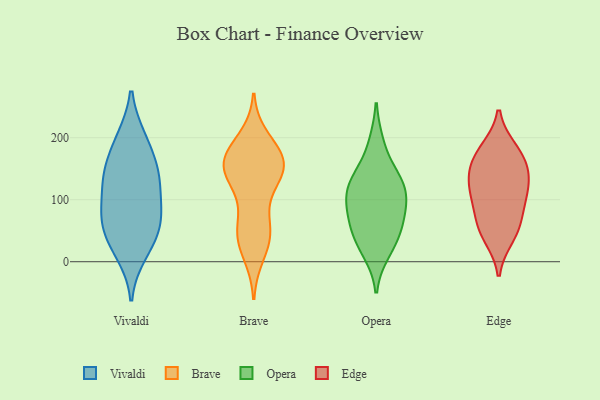
{"axis": {"x": "Operating Costs (USD K)", "y": "Value"}, "legend": ["Brave", "Edge", "Opera", "Vivaldi"], "data": [{"x": "", "y": 134, "type": "Vivaldi"}, {"x": "", "y": 92, "type": "Vivaldi"}, {"x": "", "y": 140, "type": "Vivaldi"}, {"x": "", "y": 198, "type": "Vivaldi"}, {"x": "", "y": 75, "type": "Vivaldi"}, {"x": "", "y": 28, "type": "Vivaldi"}, {"x": "", "y": 150, "type": "Vivaldi"}, {"x": "", "y": 14, "type": "Vivaldi"}, {"x": "", "y": 197, "type": "Vivaldi"}, {"x": "", "y": 59, "type": "Vivaldi"}, {"x": "", "y": 49, "type": "Vivaldi"}, {"x": "", "y": 83, "type": "Vivaldi"}, {"x": "", "y": 141, "type": "Vivaldi"}, {"x": "", "y": 118, "type": "Brave"}, {"x": "", "y": 148, "type": "Brave"}, {"x": "", "y": 155, "type": "Brave"}, {"x": "", "y": 151, "type": "Brave"}, {"x": "", "y": 52, "type": "Brave"}, {"x": "", "y": 14, "type": "Brave"}, {"x": "", "y": 171, "type": "Brave"}, {"x": "", "y": 59, "type": "Brave"}, {"x": "", "y": 175, "type": "Brave"}, {"x": "", "y": 35, "type": "Brave"}, {"x": "", "y": 197, "type": "Brave"}, {"x": "", "y": 46, "type": "Brave"}, {"x": "", "y": 148, "type": "Brave"}, {"x": "", "y": 168, "type": "Brave"}, {"x": "", "y": 143, "type": "Brave"}, {"x": "", "y": 35, "type": "Opera"}, {"x": "", "y": 131, "type": "Opera"}, {"x": "", "y": 86, "type": "Opera"}, {"x": "", "y": 112, "type": "Opera"}, {"x": "", "y": 65, "type": "Opera"}, {"x": "", "y": 88, "type": "Opera"}, {"x": "", "y": 122, "type": "Opera"}, {"x": "", "y": 47, "type": "Opera"}, {"x": "", "y": 135, "type": "Opera"}, {"x": "", "y": 189, "type": "Opera"}, {"x": "", "y": 17, "type": "Opera"}, {"x": "", "y": 41, "type": "Edge"}, {"x": "", "y": 180, "type": "Edge"}, {"x": "", "y": 157, "type": "Edge"}, {"x": "", "y": 116, "type": "Edge"}, {"x": "", "y": 176, "type": "Edge"}, {"x": "", "y": 55, "type": "Edge"}, {"x": "", "y": 130, "type": "Edge"}, {"x": "", "y": 148, "type": "Edge"}, {"x": "", "y": 60, "type": "Edge"}, {"x": "", "y": 94, "type": "Edge"}, {"x": "", "y": 109, "type": "Edge"}]}